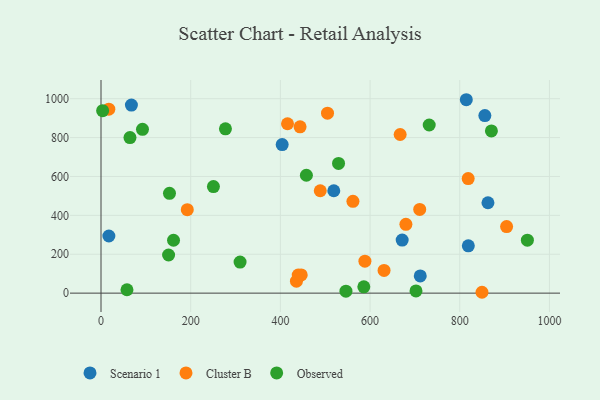
{"axis": {"x": "Investment", "y": "Salary"}, "legend": ["Cluster B", "Observed", "Scenario 1"], "data": [{"x": "404.0", "y": 764.1, "type": "Scenario 1"}, {"x": "67.8", "y": 967.2, "type": "Scenario 1"}, {"x": "814.6", "y": 994.8, "type": "Scenario 1"}, {"x": "17.5", "y": 293.8, "type": "Scenario 1"}, {"x": "671.6", "y": 272.9, "type": "Scenario 1"}, {"x": "856.0", "y": 913.4, "type": "Scenario 1"}, {"x": "819.1", "y": 243.2, "type": "Scenario 1"}, {"x": "711.9", "y": 88.6, "type": "Scenario 1"}, {"x": "862.9", "y": 464.9, "type": "Scenario 1"}, {"x": "519.1", "y": 526.7, "type": "Scenario 1"}, {"x": "667.1", "y": 815.9, "type": "Cluster B"}, {"x": "588.5", "y": 164.4, "type": "Cluster B"}, {"x": "631.2", "y": 116.9, "type": "Cluster B"}, {"x": "439.8", "y": 93.3, "type": "Cluster B"}, {"x": "561.8", "y": 472.1, "type": "Cluster B"}, {"x": "17.4", "y": 946.3, "type": "Cluster B"}, {"x": "710.7", "y": 430.6, "type": "Cluster B"}, {"x": "488.9", "y": 526.6, "type": "Cluster B"}, {"x": "679.9", "y": 353.8, "type": "Cluster B"}, {"x": "849.6", "y": 4.4, "type": "Cluster B"}, {"x": "435.8", "y": 61.6, "type": "Cluster B"}, {"x": "192.4", "y": 429.5, "type": "Cluster B"}, {"x": "904.5", "y": 342.2, "type": "Cluster B"}, {"x": "446.5", "y": 93.7, "type": "Cluster B"}, {"x": "443.9", "y": 855.6, "type": "Cluster B"}, {"x": "505.1", "y": 925.6, "type": "Cluster B"}, {"x": "415.9", "y": 871.3, "type": "Cluster B"}, {"x": "818.8", "y": 589.2, "type": "Cluster B"}, {"x": "458.0", "y": 606.3, "type": "Observed"}, {"x": "150.7", "y": 196.2, "type": "Observed"}, {"x": "250.7", "y": 548.0, "type": "Observed"}, {"x": "950.8", "y": 272.5, "type": "Observed"}, {"x": "310.1", "y": 159.7, "type": "Observed"}, {"x": "702.4", "y": 11.3, "type": "Observed"}, {"x": "92.5", "y": 842.4, "type": "Observed"}, {"x": "586.1", "y": 32.4, "type": "Observed"}, {"x": "57.9", "y": 17.4, "type": "Observed"}, {"x": "529.7", "y": 667.2, "type": "Observed"}, {"x": "64.6", "y": 800.3, "type": "Observed"}, {"x": "3.6", "y": 938.7, "type": "Observed"}, {"x": "161.7", "y": 272.1, "type": "Observed"}, {"x": "731.9", "y": 864.9, "type": "Observed"}, {"x": "152.7", "y": 513.4, "type": "Observed"}, {"x": "277.5", "y": 845.3, "type": "Observed"}, {"x": "546.2", "y": 10.0, "type": "Observed"}, {"x": "870.6", "y": 834.2, "type": "Observed"}]}